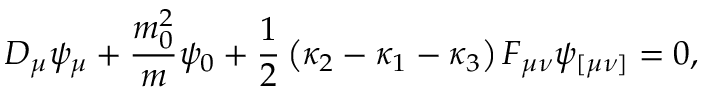
D _ { \mu } \psi _ { \mu } + \frac { m _ { 0 } ^ { 2 } } { m } \psi _ { 0 } + \frac { 1 } { 2 } \left( \kappa _ { 2 } - \kappa _ { 1 } - \kappa _ { 3 } \right) { \cal F } _ { \mu \nu } \psi _ { [ \mu \nu ] } = 0 ,